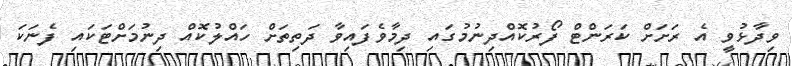
ވިދާޅުވީ އެ ރަށަށް ކަރަންޓް ފޯރުކޮއްދިނުމުގައި ދިމާވެފައިވާ ދަތިތަށް ހައްލުކޮއް ދިނުމަށްޓަކައި ފެނަކަ